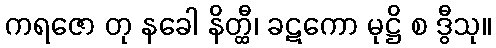
ကရဇော တု နခေါ နိတ္ထီ၊ ခဋကော မုဋ္ဌိ စ ဒွီသု။